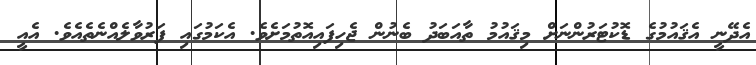
އެދޭނީ އެޤައުމުގެ ޑޮކުޓަރުންނަށް މިޤައުމު ތާއަބަދު ބެނުން ޖެހިފައިއޮތުމަށެވެ. އެކަމުގައި ފަރުވާލެއްނެތެއެވެ. އެއީ